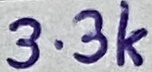
Text: 3.3k